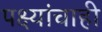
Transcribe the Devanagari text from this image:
पक्ष्यांचाही